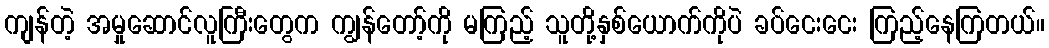
ကျန်တဲ့ အမှုဆောင်လူကြီးတွေက ကျွန်တော့်ကို မကြည့် သူတို့နှစ်ယောက်ကိုပဲ ခပ်ငေးငေး ကြည့်နေကြတယ်။